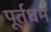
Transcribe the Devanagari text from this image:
पूर्तधर्म